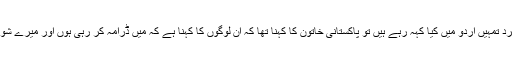
جب خاتون نے پوچھا کہ یہ تینوں مرد تمہیں اردو میں کیا کہہ رہے ہیں تو پاکستانی خاتون کا کہنا تھا کہ ان لوگوں کا کہنا ہے کہ میں ڈرامہ کر رہی ہوں اور میرے شوہر نے مجھے کوئی دھوکہ نہیں دیا۔